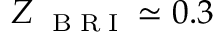
Z _ { \mathrm { ~ \tiny ~ B ~ R ~ I ~ } } \simeq 0 . 3